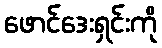
ဖောင်ဒေးရှင်းကို